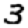
Digit: 3